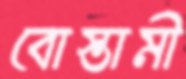
বোস্তামী